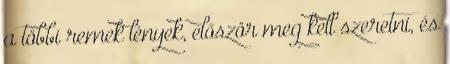
a többi remek lények, először meg kell szeretni, és